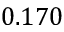
0 . 1 7 0